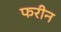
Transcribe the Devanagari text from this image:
फरीन